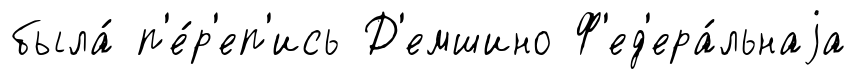
была́ п'е́р'еп'ись Д'емшино Ф'ед'ера́льнаjа